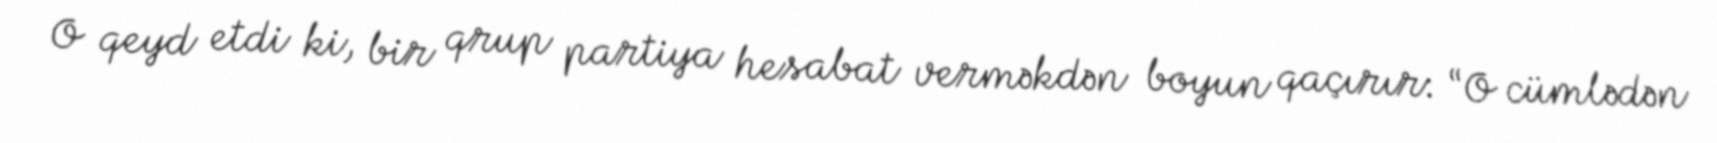
O qeyd etdi ki, bir qrup partiya hesabat verməkdən boyun qaçırır: “O cümlədən